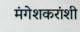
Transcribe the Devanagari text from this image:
मंगेशकरांशी